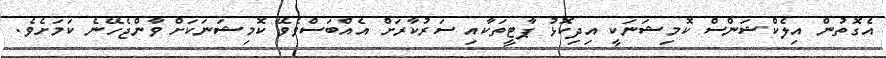
އެގޮތުން އިލެކްޝަންސް ކޮމިޝަނަކީ އިދިކޮޅު ޕާޓީތަކާއި ސަރުކާރަށް އެއްބަސްވެވޭ ކޮމިޝަނަކަށް ވާންޖެހޭނެ ކަމަށެވެ.